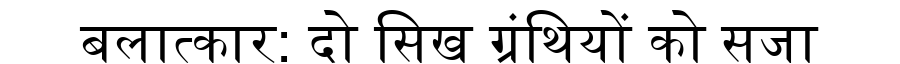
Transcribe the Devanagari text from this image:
बलात्कार: दो सिख ग्रंथियों को सजा